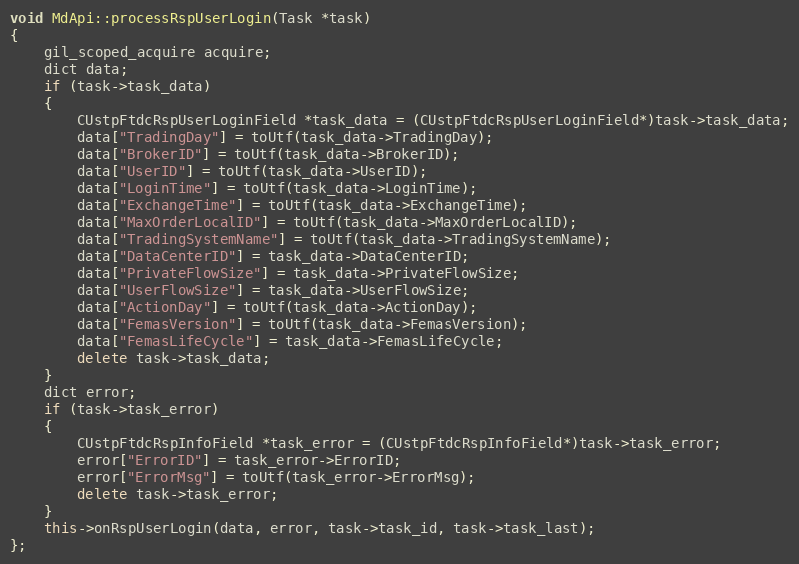
Language: C++
void MdApi::processRspUserLogin(Task *task)
{
	gil_scoped_acquire acquire;
	dict data;
	if (task->task_data)
	{
		CUstpFtdcRspUserLoginField *task_data = (CUstpFtdcRspUserLoginField*)task->task_data;
		data["TradingDay"] = toUtf(task_data->TradingDay);
		data["BrokerID"] = toUtf(task_data->BrokerID);
		data["UserID"] = toUtf(task_data->UserID);
		data["LoginTime"] = toUtf(task_data->LoginTime);
		data["ExchangeTime"] = toUtf(task_data->ExchangeTime);
		data["MaxOrderLocalID"] = toUtf(task_data->MaxOrderLocalID);
		data["TradingSystemName"] = toUtf(task_data->TradingSystemName);
		data["DataCenterID"] = task_data->DataCenterID;
		data["PrivateFlowSize"] = task_data->PrivateFlowSize;
		data["UserFlowSize"] = task_data->UserFlowSize;
		data["ActionDay"] = toUtf(task_data->ActionDay);
		data["FemasVersion"] = toUtf(task_data->FemasVersion);
		data["FemasLifeCycle"] = task_data->FemasLifeCycle;
		delete task->task_data;
	}
	dict error;
	if (task->task_error)
	{
		CUstpFtdcRspInfoField *task_error = (CUstpFtdcRspInfoField*)task->task_error;
		error["ErrorID"] = task_error->ErrorID;
		error["ErrorMsg"] = toUtf(task_error->ErrorMsg);
		delete task->task_error;
	}
	this->onRspUserLogin(data, error, task->task_id, task->task_last);
};